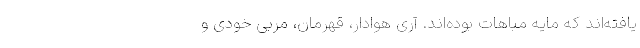
یافته‌اند که مایه مباهات بوده‌اند. آری هوادار، قهرمان، مربی خودی و